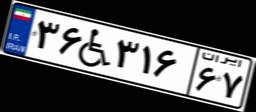
۳۶W۳۱۶۶۷